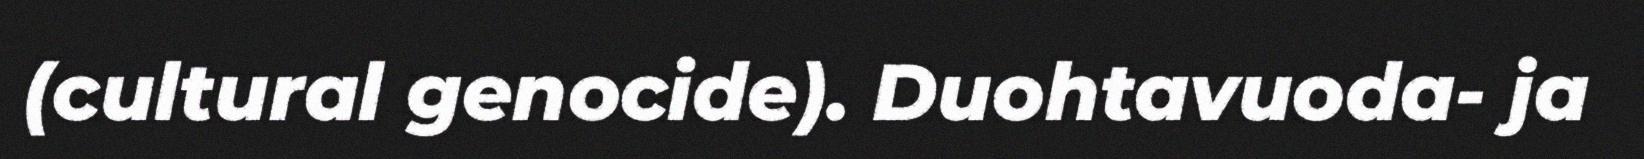
(cultural genocide). Duohtavuoda- ja